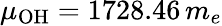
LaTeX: \mu_{\mathrm{OH}}=1728.46\, m_{e}